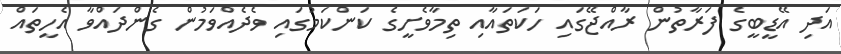
އަދި އޭޑީބީގެ ފަރާތުން ރާއްޖޭގައި ހަކަތައާއި ތިމާވެށީގެ ކަންކަމުގައި ވެދެއްވަމުން ގެންދައްވާ އެހީތައް